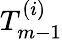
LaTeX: T_{m-1}^{(i)}